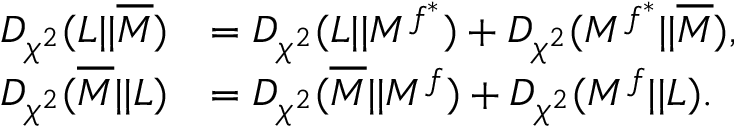
\begin{array} { r l } { D _ { \chi ^ { 2 } } ( L | | \overline { { M } } ) } & { = D _ { \chi ^ { 2 } } ( L | | M ^ { f ^ { * } } ) + D _ { \chi ^ { 2 } } ( M ^ { f ^ { * } } | | \overline { { M } } ) , } \\ { D _ { \chi ^ { 2 } } ( \overline { { M } } | | L ) } & { = D _ { \chi ^ { 2 } } ( \overline { { M } } | | M ^ { f } ) + D _ { \chi ^ { 2 } } ( M ^ { f } | | L ) . } \end{array}